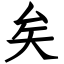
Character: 矣